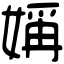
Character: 㛵